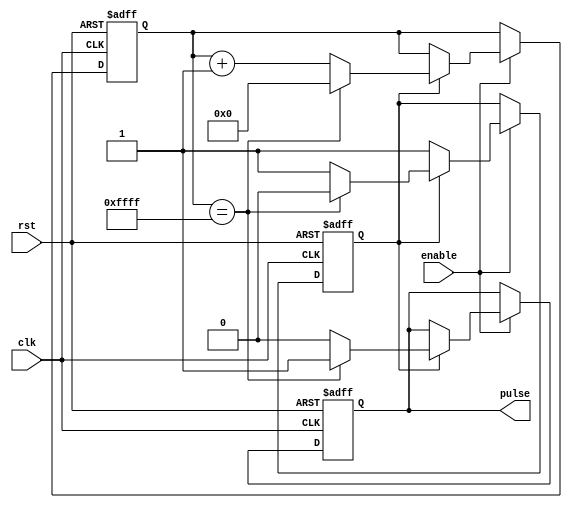
module sync_pulse_generator(
    input wire clk,
    input wire rst,
    input wire enable,
    output reg pulse
);

reg [15:0] counter;
reg sync;

always @(posedge clk or posedge rst) begin
    if (rst) begin
        counter <= 16'h0000;
        sync <= 1'b0;
        pulse <= 1'b0;
    end else begin
        if (enable) begin
            if (sync) begin
                if (counter == 16'hFFFF) begin
                    counter <= 16'h0000;
                    sync <= 1'b0;
                    pulse <= 1'b1;
                end else begin
                    counter <= counter + 1;
                    pulse <= 1'b0;
                end
            end else begin
                sync <= 1'b1;
            end
        end
    end
end

endmodule